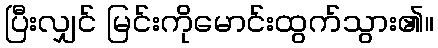
ပြီးလျှင် မြင်းကိုမောင်းထွက်သွား၏။